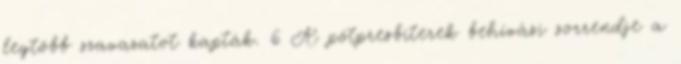
legtöbb szavazatot kapták. 6 A pótpresbiterek behívási sorrendje a